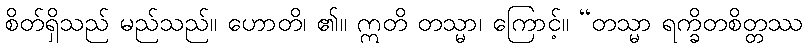
စိတ်ရှိသည် မည်သည်။ ဟောတိ၊ ၏။ ဣတိ တသ္မာ၊ ကြောင့်။ “တသ္မာ ရက္ခိတစိတ္တဿ